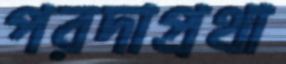
পরদাপ্রথা